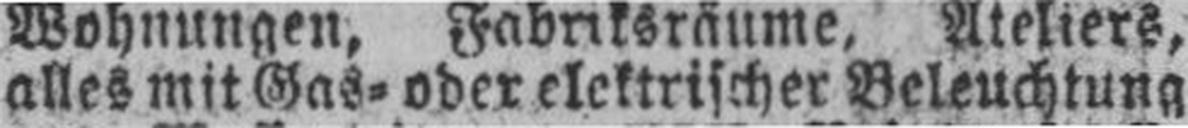
alles mit Gas= oder elektrischer Beleuchtung